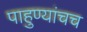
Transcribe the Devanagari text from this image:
पाहुण्यांचच